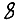
Digit: 8